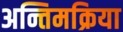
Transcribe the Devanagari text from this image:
अन्तिमक्रिया